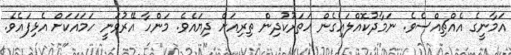
އަމާނީގެ އެއްޗިއްސެވެ. ނަމާދުކޮއްލައިގެން ހަތަރުކުދިން ތިރިއަށް ދިޔައެވެ. މަންހާ އޭރުވަނީ ހަމައަކަށް އެޅިފައެވެ.